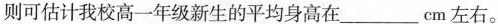
则可估计我校高一年级新生的平均身高在___cm左右。